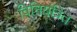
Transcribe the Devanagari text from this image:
विनियंत्रित